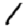
Digit: 1